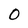
Character: 0